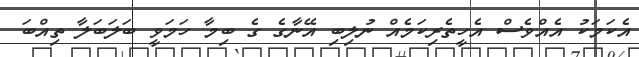
އެކަމަކު އެއްވެސް އެހީތެރިކަމެއް ނުލިބި އޭނާގެ ގެ ބިމާ ހަމަވީ ބަލަބަލާ ތިއްބަ